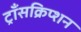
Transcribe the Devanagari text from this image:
ट्राँसक्रिप्शन